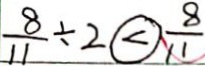
\frac { 8 } { 1 1 } \div 2 \textcircled { < } \frac { 8 } { 1 1 }